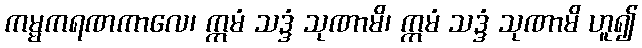
ကမ္မကရဏကာလေ၊ ဣမံ သဒ္ဒံ သုဏာမိ၊ ဣမံ သဒ္ဒံ သုဏာမိ ဟူ၍